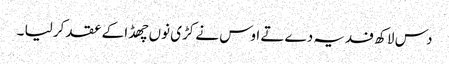
دس لاکھ فدیہ دے تے اوس نے کڑی نوں چھڈا کے عقد کر لیا ۔